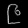
Digit: ၉